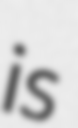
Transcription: is